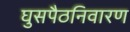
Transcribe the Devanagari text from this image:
घुसपैठनिवारण